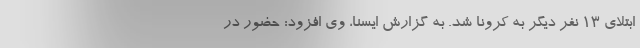
ابتلای ۱۳ نفر دیگر به کرونا شد. به گزارش ایسنا، وی افزود: حضور در